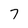
Character: 7